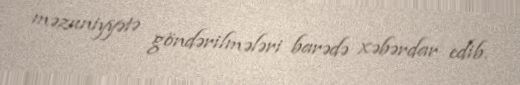
məzuniyyətə göndərilmələri barədə xəbərdar edib.